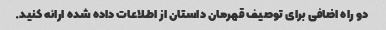
دو راه اضافی برای توصیف قهرمان داستان از اطلاعات داده شده ارائه کنید.